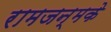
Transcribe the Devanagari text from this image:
रामजन्मके